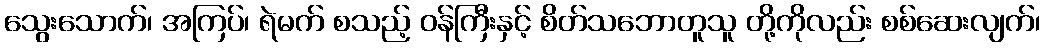
သွေးသောက်၊ အကြပ်၊ ရဲမက် စသည့် ဝန်ကြီးနှင့် စိတ်သဘောတူသူ တို့ကိုလည်း စစ်ဆေးလျက်၊